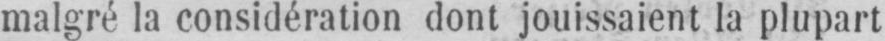
malgré la considération dont jouissaient la plupart